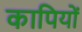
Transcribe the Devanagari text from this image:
कापियों